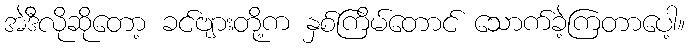
အဲဒီလိုဆိုတော့ ခင်ဗျားတို့က နှစ်ကြိမ်တောင် သောက်ခဲ့ကြတာပေါ့။